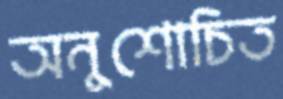
অনুশোচিত